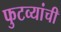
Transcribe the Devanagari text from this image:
फुटव्यांची